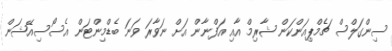
ސިންގަލްސް ޗެމްޕިއަންކަން ޝާރިމް އާއި އަފްނާން އަށް ނަވާރަ ވަނަ ބެޑްމިންޓަން އެސޯސިއޭޝަން